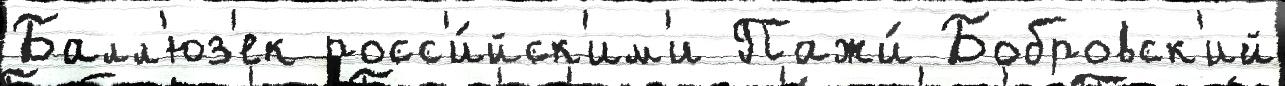
Балл'юз'ек росс'и́йск'им'и Пажи́ Бобровск'ий